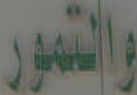
والتمور